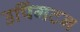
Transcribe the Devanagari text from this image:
उपिंगटन